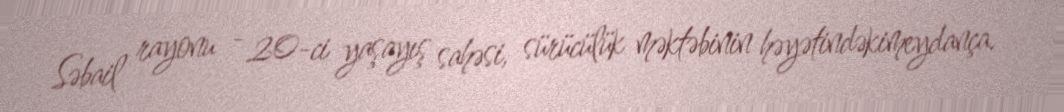
Səbail rayonu - 20-ci yaşayış sahəsi, sürücülük məktəbinin həyətindəkimeydança.